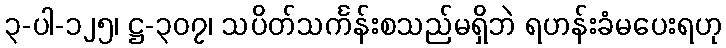
၃-ပါ-၁၂၅၊ ဋ္ဌ-၃၀၇၊ သပိတ်သင်္ကန်းစသည်မရှိဘဲ ရဟန်းခံမပေးရဟု